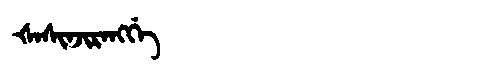
Manchu: ᡧᠠᠰᡳᠨᠵᡳᡵᠠᠩᡤᡝ
Romanization: ŠASINJIRANGGE